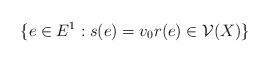
LaTeX: \begin{align*} \{ e \in E^1 : s(e) = v_0 r(e) \in \mathcal{V}(X) \}\end{align*}